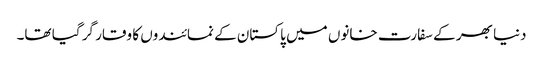
دنیا بھر کے سفارت خانوں میں پاکستان کے نمائندوں کا وقار گر گیا تھا۔